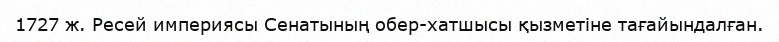
1727 ж. Ресей империясы Сенатының обер-хатшысы қызметіне тағайындалған.